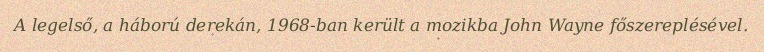
A legelső, a háború derekán, 1968-ban került a mozikba John Wayne főszereplésével.